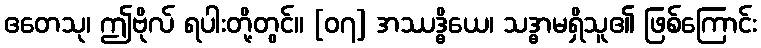
ဧတေသု၊ ဤဗိုလ် ရပါးတို့တွင်။ [၀၇] အဿဒ္ဓိယေ၊ သဒ္ဓာမရှိသူ၏ ဖြစ်ကြောင်း